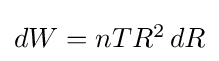
{\textstyle dW=nTR^{2}\,dR}